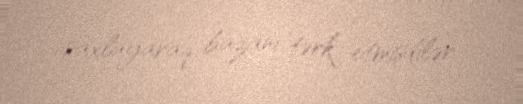
saxlayaraq bazanı tərk etmişdilər.